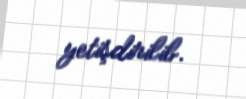
yetişdirilib.